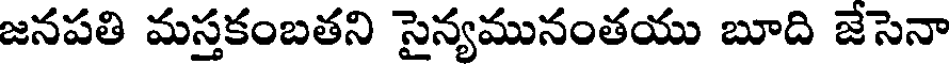
జనపతి మస్తకంబతని సైన్యమునంతయు బూది జేసెనా